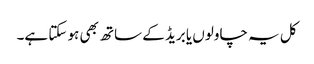
کل یہ چاولوں یا بریڈ کے ساتھ بھی ہو سکتا ہے۔